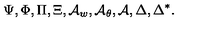
\Psi , \Phi , \Pi , \Xi , { \cal A } _ { w } , { \cal A } _ { \theta } , { \cal A } , \Delta , \Delta ^ { * } .